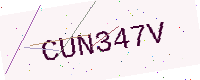
Text: CUN347V